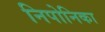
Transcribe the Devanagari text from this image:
निपोनिका